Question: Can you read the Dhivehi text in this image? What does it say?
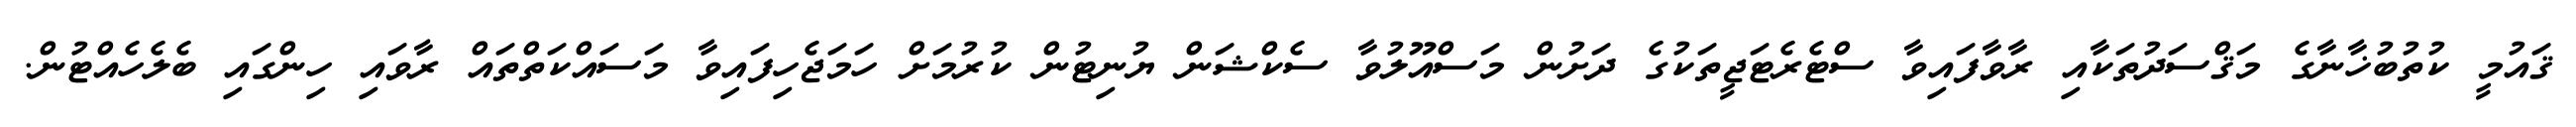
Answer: ޤައުމީ ކުތުބުޚާނާގެ މަޤްސަދުތަކާއި ރާވާފައިވާ ސްޓެރެޓަޖީތަކުގެ ދަށުން މަސްއޫލުވާ ސެކްޝަން ޔުނިޓުން ކުރުމަށް ހަމަޖެހިފައިވާ މަސައްކަތްތައް ރާވައި ހިންގައި ބެލެހެއްޓުން.